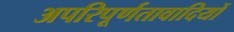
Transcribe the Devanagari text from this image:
अपरिपूर्णतावादियों